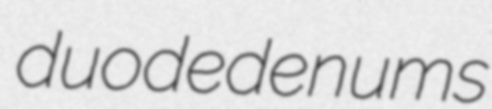
duodedenums